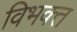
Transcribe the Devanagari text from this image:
विभक्‍त